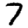
Digit: 7